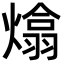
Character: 熻